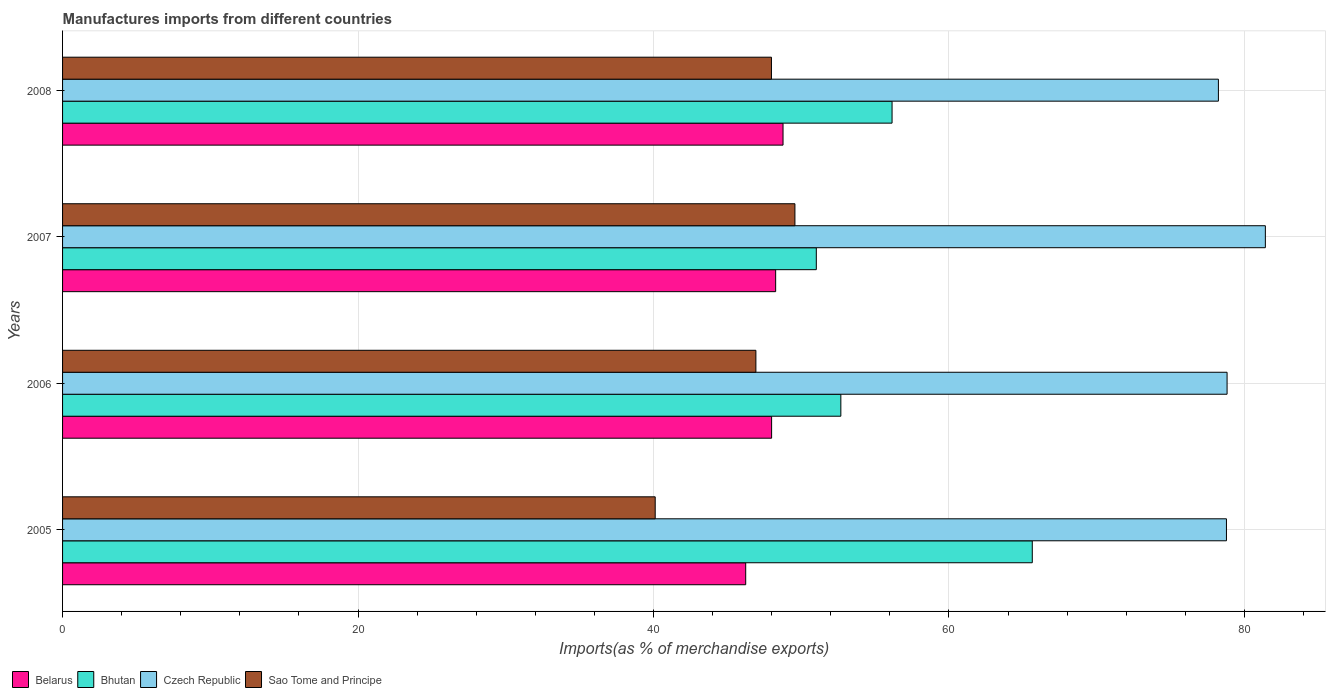
| Years | Belarus | Bhutan | Czech Republic | Sao Tome and Principe |
 | --- | --- | --- | --- | --- |
 | 2005 | 46.2 | 65.6 | 78.8 | 40.1 |
 | 2006 | 48 | 52.7 | 78.8 | 46.9 |
 | 2007 | 48.3 | 51 | 81.4 | 49.6 |
 | 2008 | 48.8 | 56.1 | 78.2 | 48 |